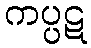
ကပ္ပဋ